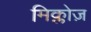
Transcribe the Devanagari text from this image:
मिक्लोज़